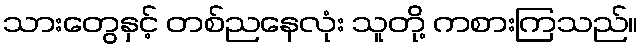
သားတွေနှင့် တစ်ညနေလုံး သူတို့ ကစားကြသည်။